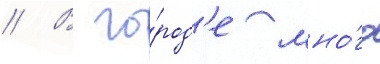
// В го́род'е мно́го